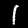
Digit: 1